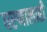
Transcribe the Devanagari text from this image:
धरणालाही